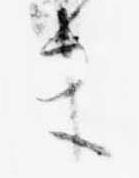
ま